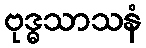
ဗုဒ္ဓသာသနံ